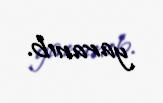
yaranıb.